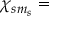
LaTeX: \chi _ { s m _ { s } } =